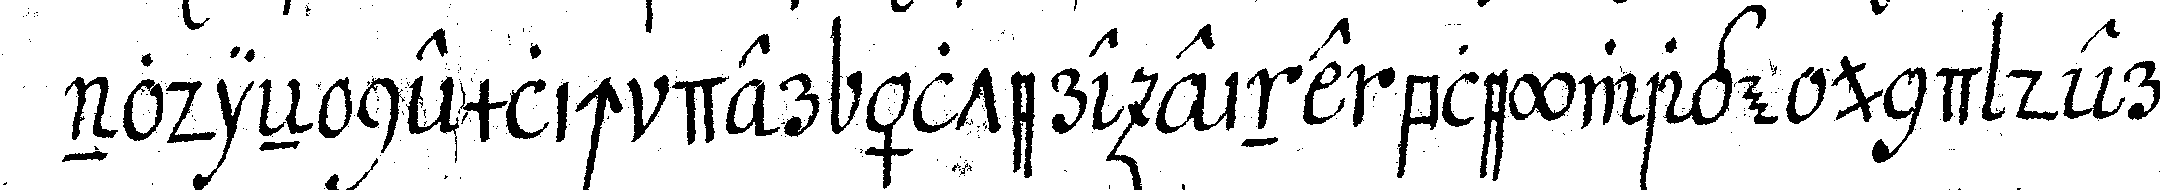
nodieN nemlich der ältere eine bleywage und der